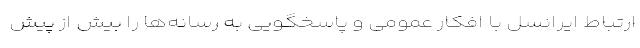
ارتباط ایرانسل با افکار عمومی و پاسخگویی به رسانه‌ها را بیش از پیش